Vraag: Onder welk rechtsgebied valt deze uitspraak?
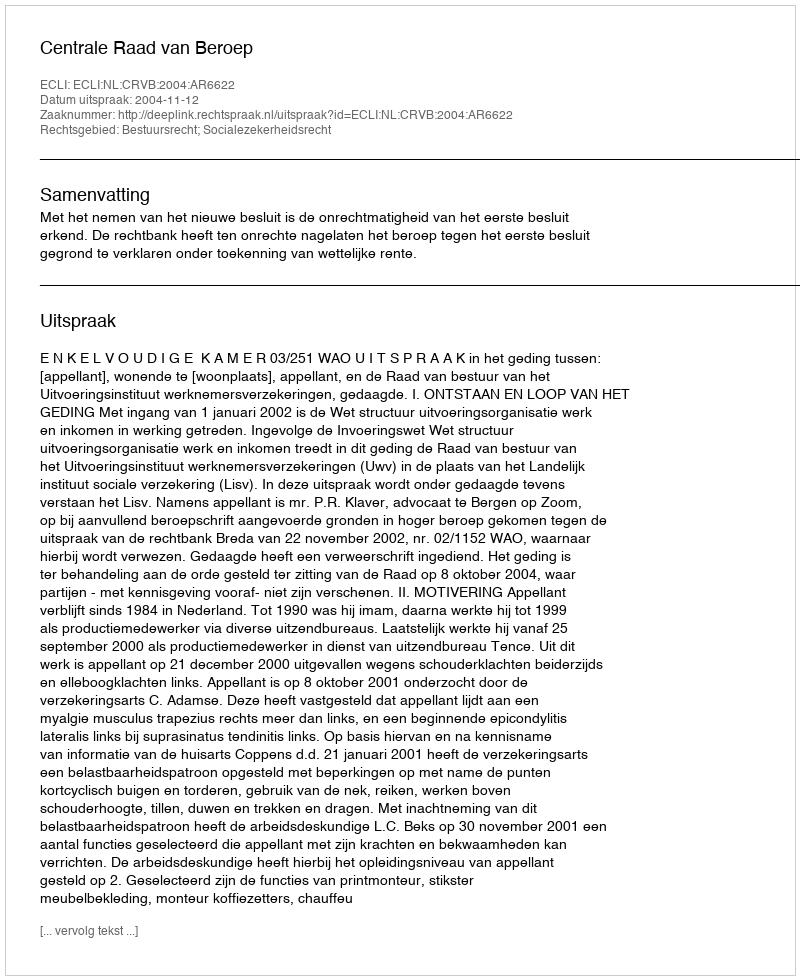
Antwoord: Bestuursrecht; Socialezekerheidsrecht